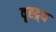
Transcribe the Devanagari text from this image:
वृह्द्र्थ